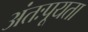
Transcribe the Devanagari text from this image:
अंतःपूयता